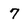
Character: 7